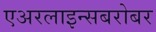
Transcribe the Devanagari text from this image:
एअरलाइन्सबरोबर